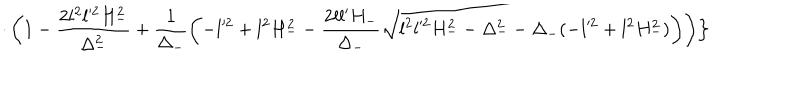
\cdot \left( 1 - \frac { 2 l ^ { 2 } l ^ { 2 } H _ { - } ^ { 2 } } { \Delta _ { - } ^ { 2 } } + \frac { 1 } { \Delta _ { - } } \left( - l ^ { 2 } + l ^ { 2 } H _ { - } ^ { 2 } - \frac { 2 l l ^ { \prime } H _ { - } } { \Delta _ { - } } \sqrt { l ^ { 2 } l ^ { 2 } H _ { - } ^ { 2 } - \Delta _ { - } ^ { 2 } - \Delta _ { - } ( - l ^ { 2 } + l ^ { 2 } H _ { - } ^ { 2 } ) } \right) \right) \Bigr \}